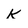
Character: K